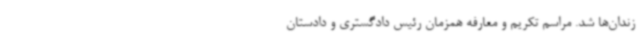
زندان‌ها شد. مراسم تکریم و معارفه همزمان رئیس دادگستری و دادستان